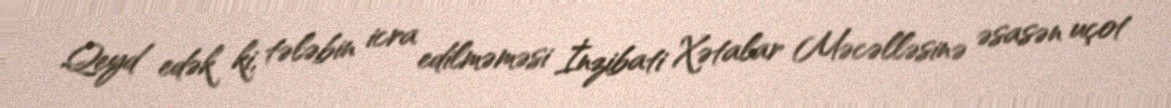
Qeyd edək ki, tələbin icra edilməməsi İnzibati Xətalar Məcəlləsinə əsasən uçot